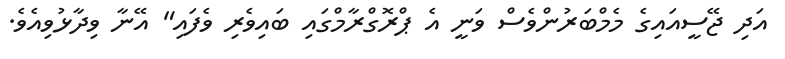
އަދި ޖޭސީއައިގެ މެމްބަރުންވެސް ވަނީ އެ ޕްރޮގްރާމްގައި ބައިވެރި ވެފައި" އޭނާ ވިދާޅުވިއެވެ.